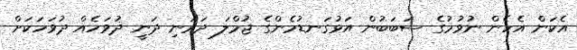
އެކަން އެހެން ނުވުމުގެ ސަބަބުން އަޅުގަނޑުމެންގެ ޖުމްލަ ދަރަނި ދަނީ ދުވަހެއް ދުވަހަކަށް